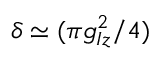
\delta \simeq ( \pi g _ { I z } ^ { 2 } / 4 )